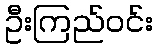
ဦးကြည်ဝင်း